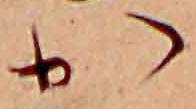
か